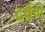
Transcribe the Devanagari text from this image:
दर्षण